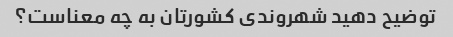
توضیح دهید شهروندی کشورتان به چه معناست؟